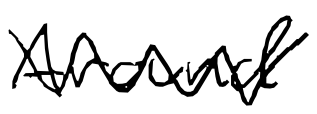
Text: Around
Cross-out: zig-zag
Writing tool: digital_black